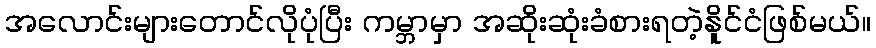
အလောင်းများတောင်လိုပုံပြီး ကမ္ဘာမှာ အဆိုးဆုံးခံစားရတဲ့နိူင်ငံဖြစ်မယ်။